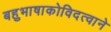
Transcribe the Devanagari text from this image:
बहुभाषाकोविदत्वाने